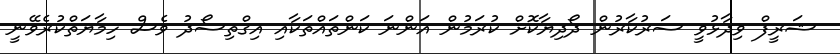
ޝަރީފް ވިދާޅުވީ ސަރުކާރުން ދޯދިޔާކޮށް ކުރަމުން އަންނަ ކަންތައްތަކާއި އިގްތިސޯދު ވެސް ހިމާޔަތްކުރެވޭނީ